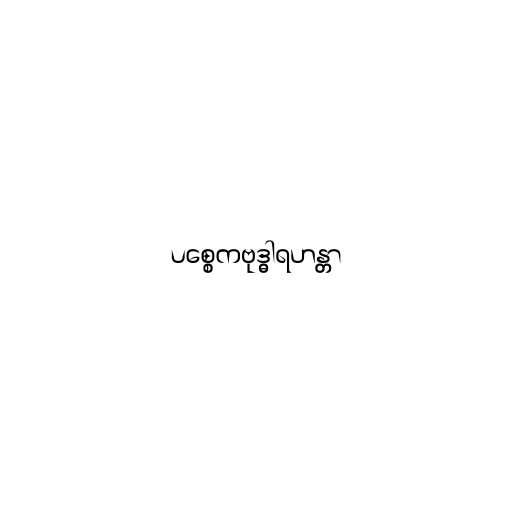
ပစ္စေကဗုဒ္ဓါရဟန္တာ